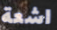
اشعة